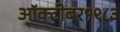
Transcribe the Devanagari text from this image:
ऑक्‍टोबर१९८३